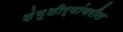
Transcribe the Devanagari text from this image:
शंभूशीर्षांवरील